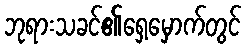
ဘုရားသခင်၏ရှေ့မှောက်တွင်